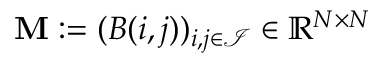
\mathbf { M } : = ( B ( i , j ) ) _ { i , j \in \mathcal { I } } \in \mathbb { R } ^ { N \times N }